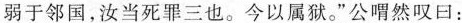
弱于邻国，汝当死罪三也。今以属狱。”公喟然叹曰：